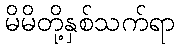
မိမိတို့နှစ်သက်ရာ